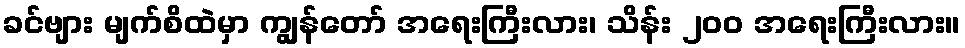
ခင်ဗျား မျက်စိထဲမှာ ကျွန်တော် အရေးကြီးလား၊ သိန်း ၂၀၀ အရေးကြီးလား။